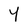
Character: Y